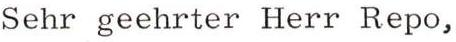
Sehr geehrter Herr Repo,